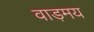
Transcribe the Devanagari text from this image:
वाड़मय